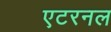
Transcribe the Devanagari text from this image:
एटरनल